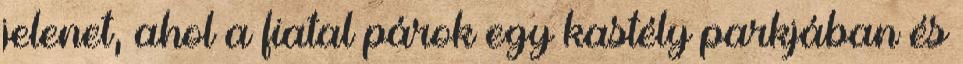
jelenet, ahol a fiatal párok egy kastély parkjában és